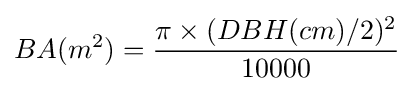
BA(m^{2})={\frac {\pi \times (DBH(cm)/2)^{2}}{10000}}